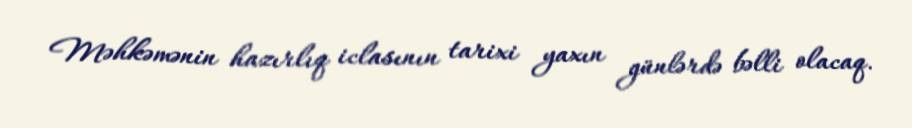
Məhkəmənin hazırlıq iclasının tarixi yaxın günlərdə bəlli olacaq.